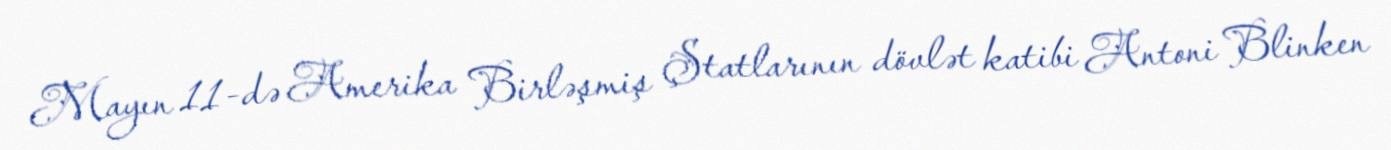
Mayın 11-də Amerika Birləşmiş Ştatlarının dövlət katibi Antoni Blinken